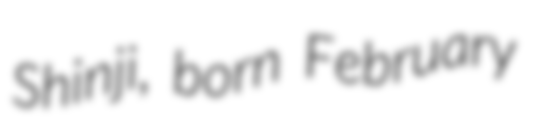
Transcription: Shinji, born February